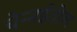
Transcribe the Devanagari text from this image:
चेन्‍नईतील